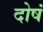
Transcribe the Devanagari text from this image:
दोषं